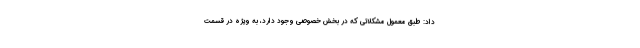
داد: طبق معمول مشکلاتی که در بخش خصوصی وجود دارد، به ویژه در قسمت